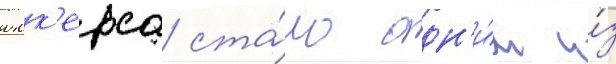
юнк'ерса ста́ло одн'и́м и́з